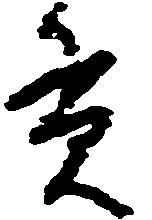
貫